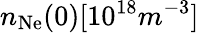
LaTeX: n_{\mathrm{Ne}}(0)[10^{18}m^{-3}]